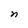
Character: n